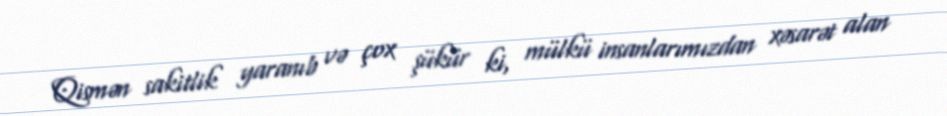
Qismən sakitlik yaranıb və çox şükür ki, mülkü insanlarımızdan xəsarət alan